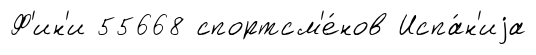
Ф'ин'и 55668 спортсм'е́нов Испа́н'иjа